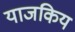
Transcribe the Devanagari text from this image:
याजकिय